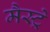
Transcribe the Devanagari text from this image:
मैस्ट्रे